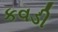
કવડી